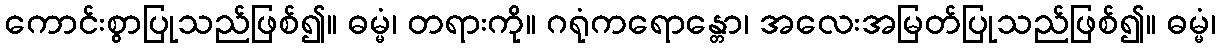
ကောင်းစွာပြုသည်ဖြစ်၍။ ဓမ္မံ၊ တရားကို။ ဂရုံကရောန္တော၊ အလေးအမြတ်ပြုသည်ဖြစ်၍။ ဓမ္မံ၊